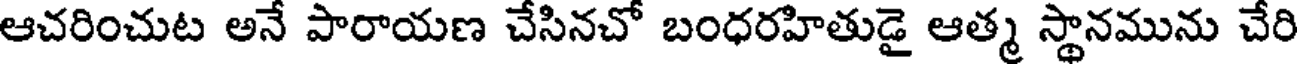
ఆచరించుట అనే పారాయణ చేసినచో బంధరహితుడై ఆత్మ స్థానమును చేరి